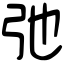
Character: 弛